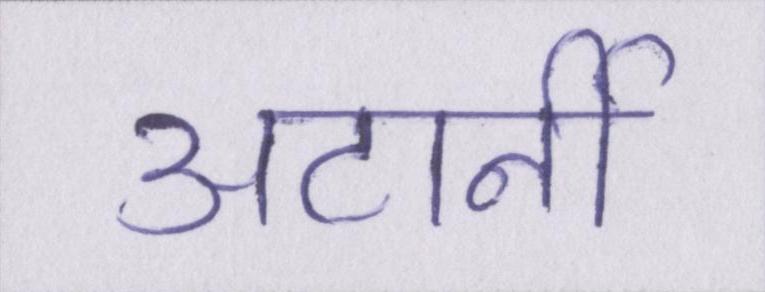
अटार्नी